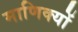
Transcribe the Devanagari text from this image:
माणिक्यों